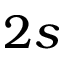
2 s